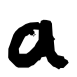
Text: a
Cross-out: clean
Writing tool: digital_black